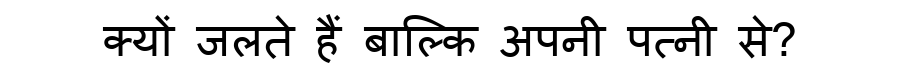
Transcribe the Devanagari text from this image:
क्यों जलते हैं बाल्कि अपनी पत्नी से?